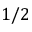
1 / 2